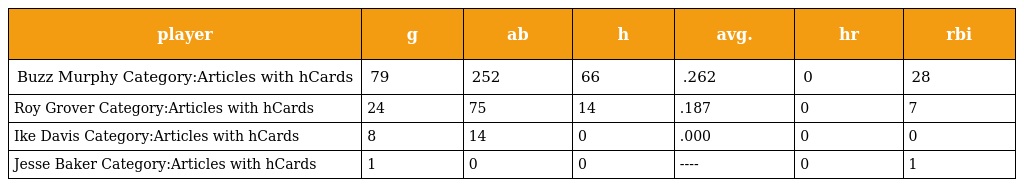
| player | g | ab | h | avg. | hr | rbi |
 | --- | --- | --- | --- | --- | --- | --- |
 | Buzz Murphy Category:Articles with hCards | 79 | 252 | 66 | .262 | 0 | 28 |
 | Roy Grover Category:Articles with hCards | 24 | 75 | 14 | .187 | 0 | 7 |
 | Ike Davis Category:Articles with hCards | 8 | 14 | 0 | .000 | 0 | 0 |
 | Jesse Baker Category:Articles with hCards | 1 | 0 | 0 | ---- | 0 | 1 |